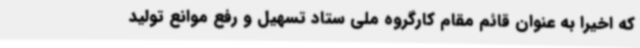
که اخیرا به عنوان قائم مقام کارگروه ملی ستاد تسهیل و رفع موانع تولید